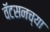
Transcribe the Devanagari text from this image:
वॅटसनच्या